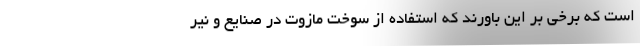
است که برخی بر این باورند که استفاده از سوخت مازوت در صنایع و نیر